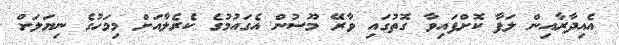
އެއިދާރާއިން ލަފާ ކޮށްފައިވާ ގޮތުގައި ވާރޭ މޫސުން އެގައުމުގެ ކެރެލާއަށް މިމަހުގެ ނިޔަލަށް